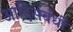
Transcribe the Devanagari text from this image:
आदिसंबंधी